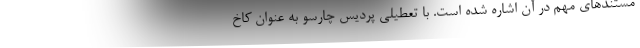
مستندهای مهم در آن اشاره شده است. با تعطیلی پردیس چارسو به عنوان کاخ